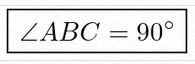
\angle ABC=90^\circ